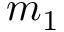
m _ { 1 }